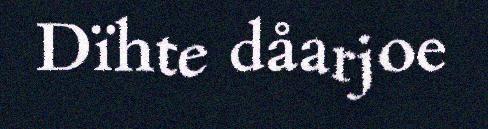
Dïhte dåarjoe